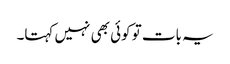
یہ بات تو کوئی بھی نہیں کہتا۔